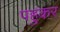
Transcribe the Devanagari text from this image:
पहुकर